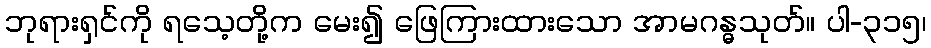
ဘုရားရှင်ကို ရသေ့တို့က မေး၍ ဖြေကြားထားသော အာမဂန္ဓသုတ်။ ပါ-၃၁၅၊